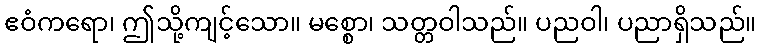
ဧဝံကရော၊ ဤသို့ကျင့်သော။ မစ္စော၊ သတ္တဝါသည်။ ပညဝါ၊ ပညာရှိသည်။